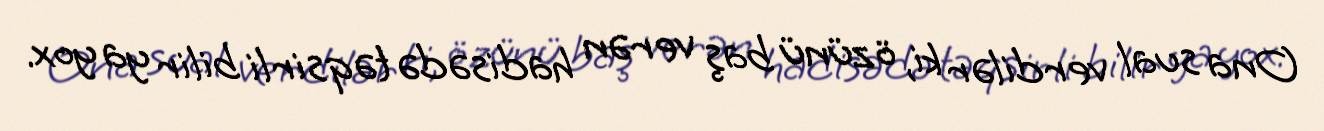
Ona sual verdilər ki, özünü baş verən hadisədə təqsirli bilir ya yox.